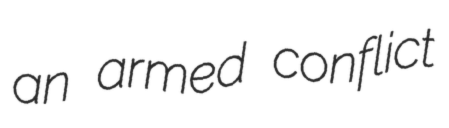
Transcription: an armed conflict